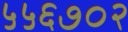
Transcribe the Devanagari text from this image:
५५६७०२